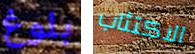
بلوغ الاكتئاب